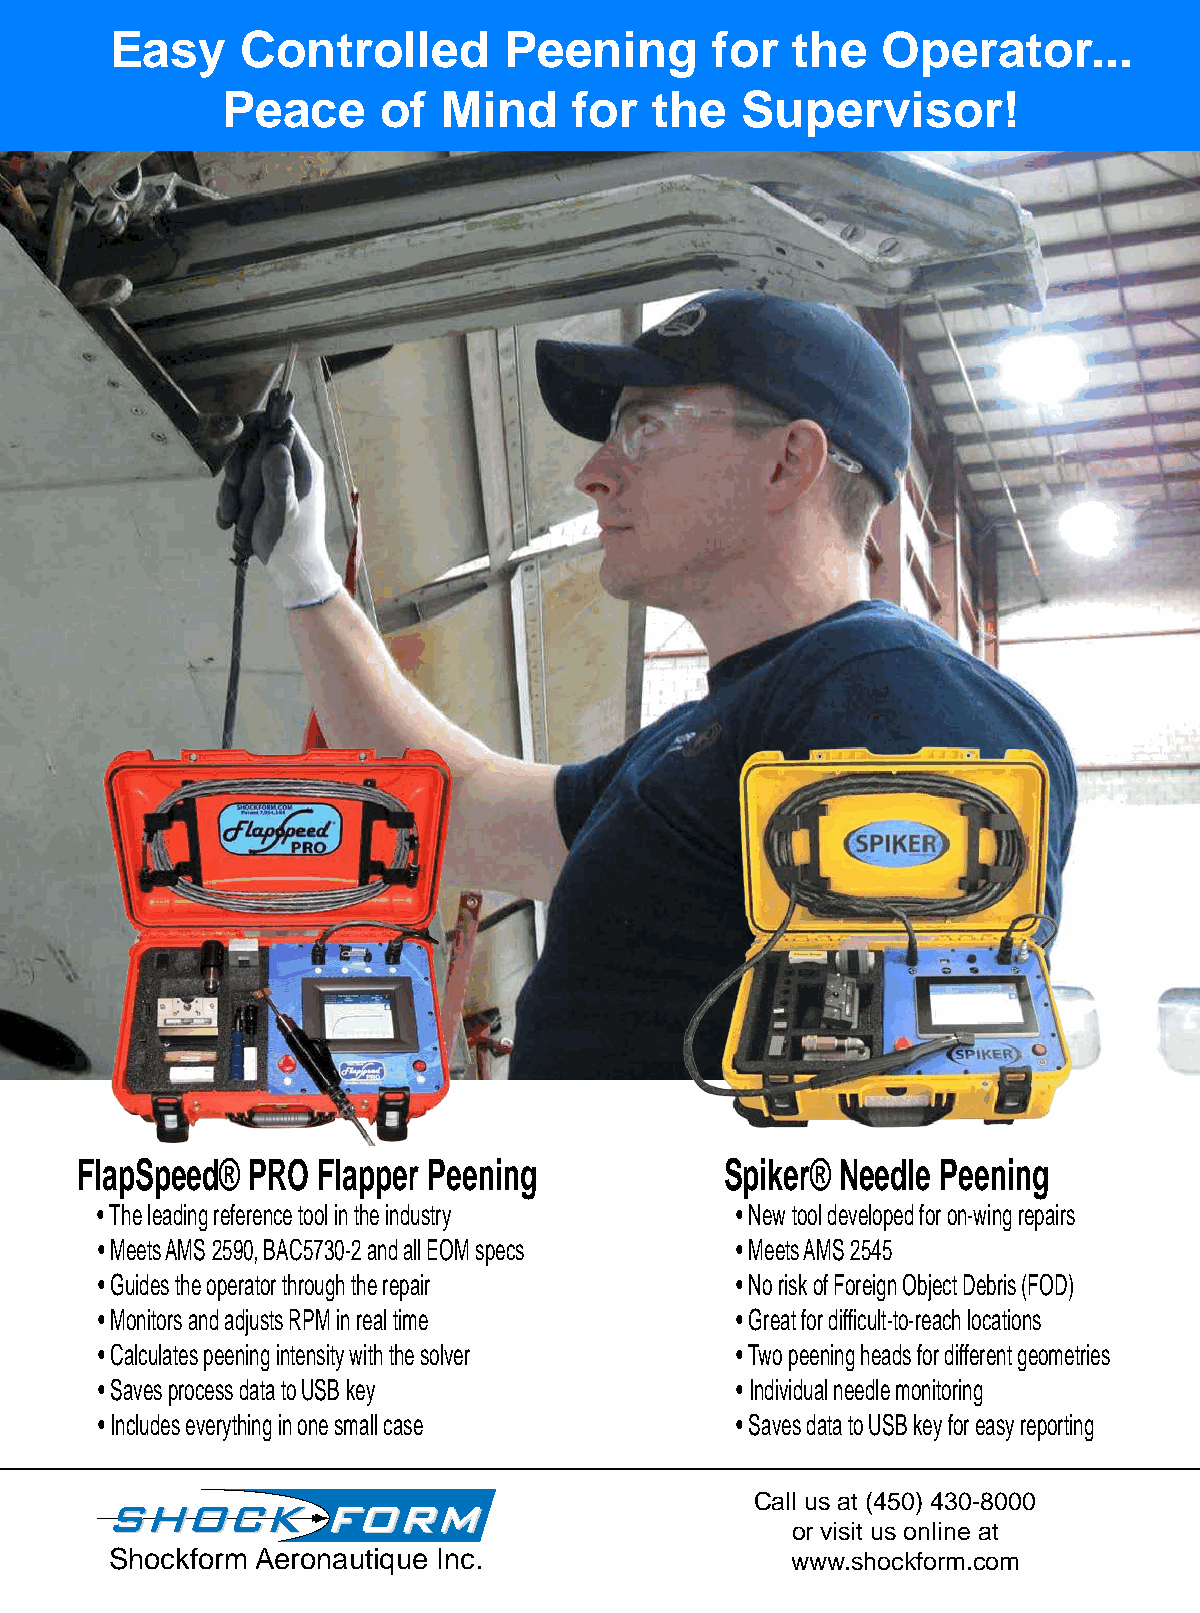
Easy     Controlled       Peening       for   the  Operator...
 Peace     of  Mind     for  the   Supervisor!
 FlapSpeed® PRO  Flapper Peening            Spiker® Needle Peening
 • The leading reference tool in the industry • New tool developed for on-wing repairs
 • Meets AMS 2590, BAC5730-2 and all EOM specs • Meets AMS 2545
 • Guides the operator through the repair  • No risk of Foreign Object Debris (FOD)
 • Monitors and adjusts RPM in real time   • Great for difficult-to-reach locations
 • Calculates peening intensity with the solver • Two peening heads for different geometries
 • Saves process data to USB key           • Individual needle monitoring
 • Includes everything in one small case   • Saves data to USB key for easy reporting
 Call us at (450) 430-8000
 or visit us online at
 Shockform Aeronautique Inc.                  w w Wwin.tserh 2o0c22k |f o Trmhe. cSohomt Peener 9